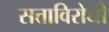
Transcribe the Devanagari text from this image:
सत्ताविरोधी